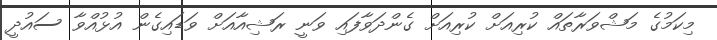
މިކަމުގެ މަޝްވަރާތައް ކުރިއަށް ކުރިއަށް ގެންދަވާފައި ވަނީ ރަޝިއާއަށް ވަޑައިގެން އުޅުއްވާ ސައުދީ